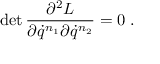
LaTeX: \mathrm { d e t } \, \frac { \partial ^ { 2 } L } { \partial \dot { q } ^ { n _ { 1 } } \partial \dot { q } ^ { n _ { 2 } } } = 0 \ .